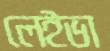
লেইভা